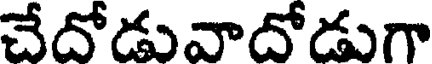
చేదోడువాదోడుగా